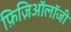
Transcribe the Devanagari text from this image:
फ़िज़िऑलॉजी